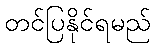
တင်ပြနိုင်ရမည်